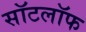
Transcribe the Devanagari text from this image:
सॉटलॉफ